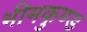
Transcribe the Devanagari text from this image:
भीमकुण्ड